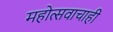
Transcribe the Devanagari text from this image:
महोत्सवाचाही